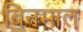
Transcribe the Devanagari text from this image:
बिनमाल